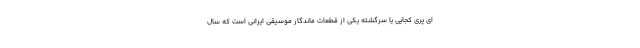
ای پری کجایی یا سرگشته یکی از قطعات ماندگار موسیقی ایرانی است که سال